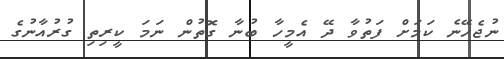
ނުޖެހޭނެ ކަމަށް ފަތުވާ ދޭ އެމީހާ ބުނާ ގޮތުން ނަމަ ކީރިތި ގުރުއާނުގެ